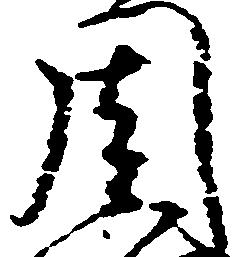
周